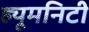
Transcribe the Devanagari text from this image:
ह्यूमनिटी